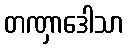
တဏှာဒေါသာ